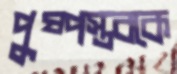
পুষ্পস্তবকে